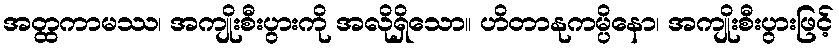
အတ္ထကာမဿ၊ အကျိုးစီးပွားကို အလိုရှိသော။ ဟိတာနုကမ္ပိနော၊ အကျိုးစီးပွားဖြင့်